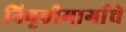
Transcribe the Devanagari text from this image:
निवृत्तीमार्गाचे